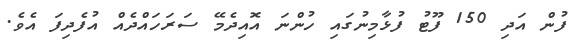
ފުން އަދި 150 ފޫޓު ފުޅާމިނުގައި ހުންނަ އޮއިދެމޭ ސަރަހައްދެއް އުފެދިފަ އެވެ.